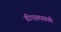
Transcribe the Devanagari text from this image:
डीएसएससी